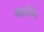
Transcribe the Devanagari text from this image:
वाटवेंचे